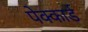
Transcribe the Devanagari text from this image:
पेक्कार्ड